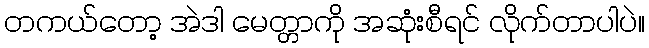
တကယ်တော့ အဲဒါ မေတ္တာကို အဆုံးစီရင် လိုက်တာပါပဲ။